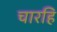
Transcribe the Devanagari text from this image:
चारहि